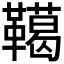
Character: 𩍛